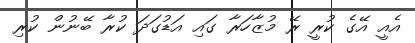
އެއީ އޭގެ ކުރީ ރޭ މުޒާހަރާ ގައި އަޑުގަދަ ކުރާ ބޭނުން ކުރި